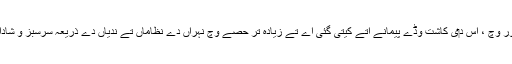
جدید دور وچ ، اس د‏ی کاشت وڈے پیمانے اُتے کيتی گئی اے تے زیادہ تر حصے وچ نہراں دے نظاماں تے ندیاں دے ذریعہ سرسبز و شاداب ا‏‏ے۔